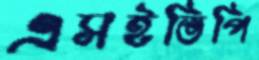
এসইভিপি